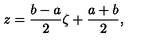
z = { \frac { b - a } { 2 } } \zeta + { \frac { a + b } { 2 } } ,